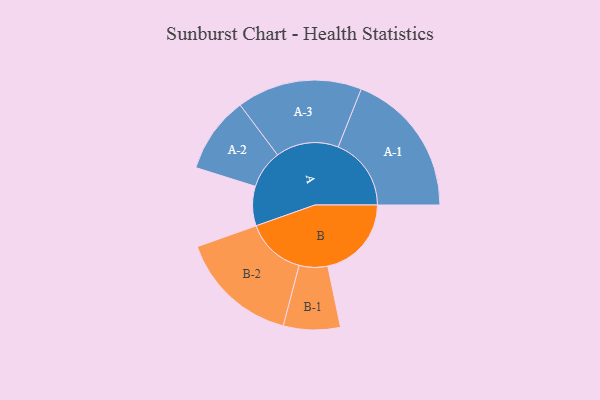
{"axis": {"x": "Segment", "y": "Value"}, "legend": ["", "A", "B"], "data": [{"x": "A", "y": 160, "type": ""}, {"x": "B", "y": 339, "type": ""}, {"x": "A-1", "y": 296, "type": "A"}, {"x": "A-2", "y": 155, "type": "A"}, {"x": "A-3", "y": 254, "type": "A"}, {"x": "B-1", "y": 115, "type": "B"}, {"x": "B-2", "y": 242, "type": "B"}]}